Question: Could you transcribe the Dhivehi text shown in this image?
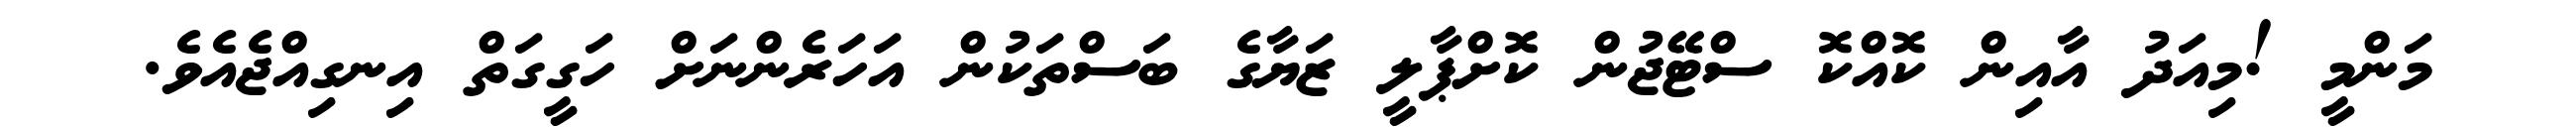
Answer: މަންމީ !މިއަދު އާއިން ކޮއްކޮ ސްޓޭޖުން ކޮށްޕާލީ ޒަޔާގެ ބަސްތަކުން އަހަރެންނަށް ހަގީގަތް އިނގިއްޖެއެވެ.